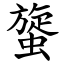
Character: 䗠